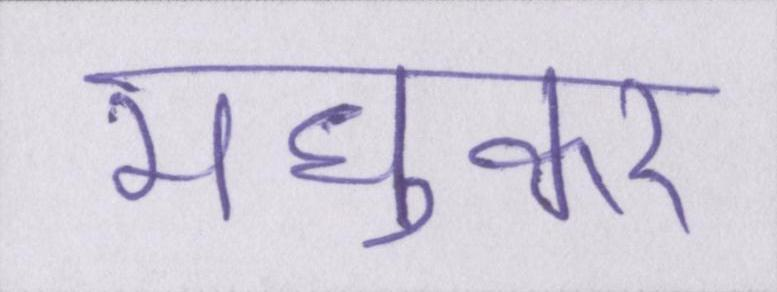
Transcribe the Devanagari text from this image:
मधुकर